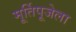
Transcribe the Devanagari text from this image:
मूर्तिपूजेला